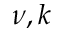
\nu , k